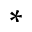
\ast